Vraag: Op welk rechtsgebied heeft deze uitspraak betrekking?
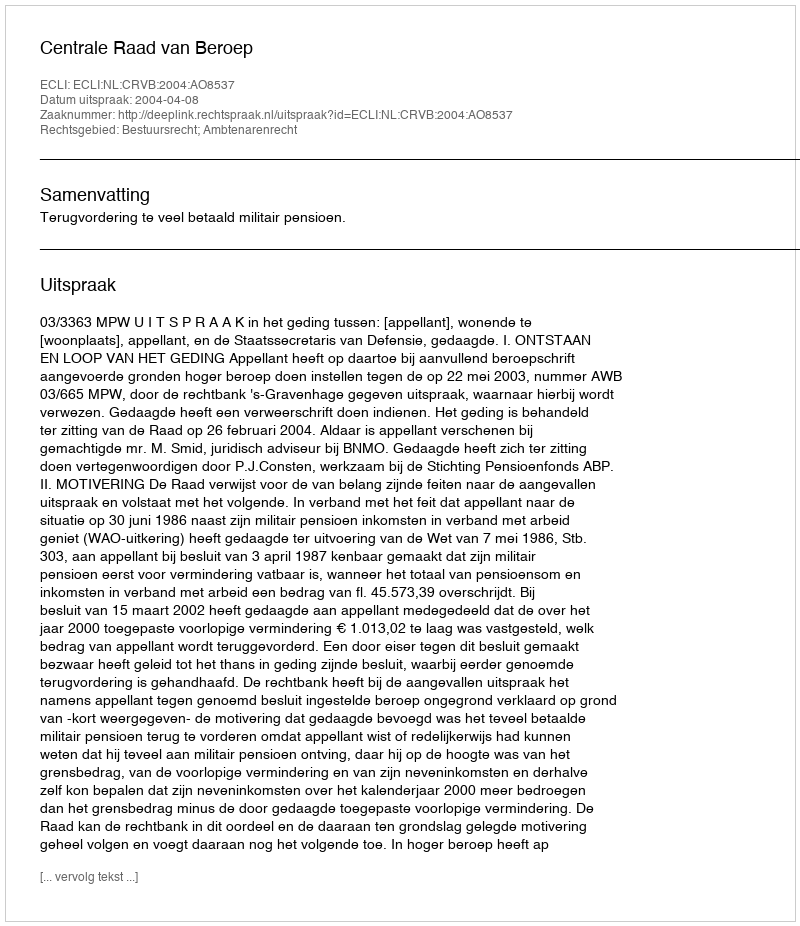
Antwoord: Bestuursrecht; Ambtenarenrecht